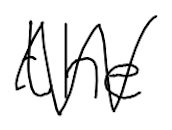
Text: the
Cross-out: zig-zag
Writing tool: digital_black